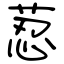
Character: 荵